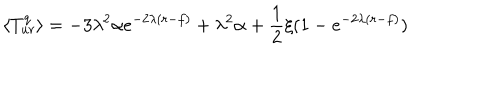
\langle { T _ { u r } ^ { q } } \rangle = - 3 \lambda ^ { 2 } \alpha e ^ { - 2 \lambda ( r - f ) } + \lambda ^ { 2 } \alpha + \frac 1 2 \xi ( 1 - e ^ { - 2 \lambda ( r - f ) } )